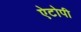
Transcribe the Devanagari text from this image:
ऐटोपी